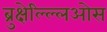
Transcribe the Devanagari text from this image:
ब्रुक्षेल्ल्लिओस